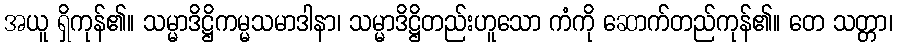
အယူ ရှိကုန်၏။ သမ္မာဒိဋ္ဌိကမ္မသမာဒါနာ၊ သမ္မာဒိဋ္ဌိတည်းဟူသော ကံကို ဆောက်တည်ကုန်၏။ တေ သတ္တာ၊